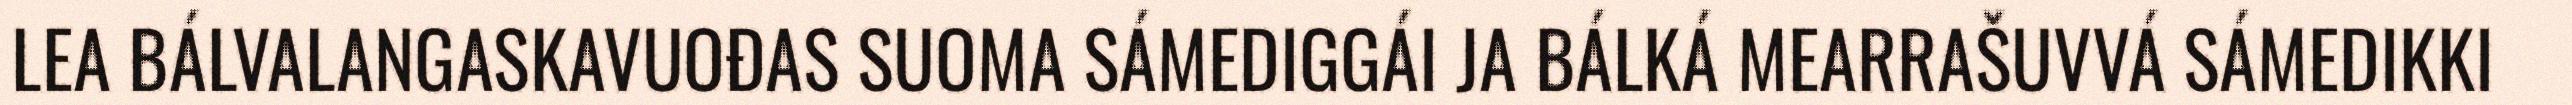
LEA BÁLVALANGASKAVUOĐAS SUOMA SÁMEDIGGÁI JA BÁLKÁ MEARRAŠUVVÁ SÁMEDIKKI